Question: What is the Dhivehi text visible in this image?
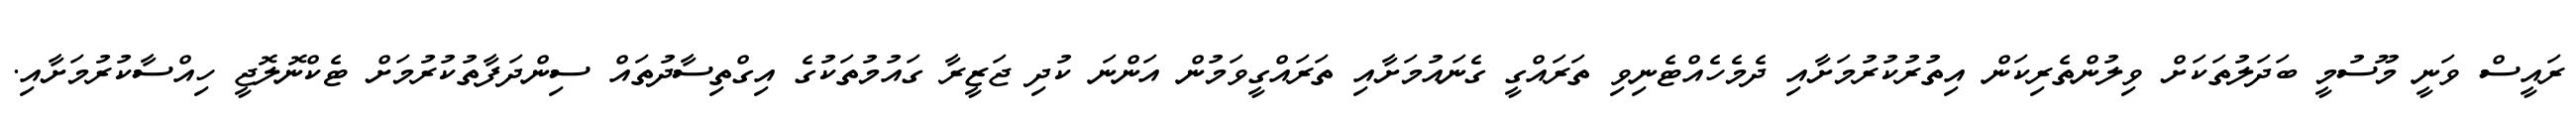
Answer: ރައީސް ވަނީ މޫސުމީ ބަދަލުތަކަށް ވިލުންތެރިކަން އިތުރުކުރުމަށާއި ދެމެހެއްޓެނިވި ތަރައްގީ ގެނައުމަށާއި ތަރައްގީވަމުން އަންނަ ކުދި ޖަޒީރާ ގައުމުތަކުގެ އިގްތިސާދުތައް ސިންދަފާތުކުރުމަށް ޓެކްނޮލޮޖީ ހިއްސާކުރުމަށާއި.